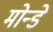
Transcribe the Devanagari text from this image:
मोन्डे